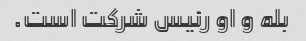
بله و او رئیس شرکت است.